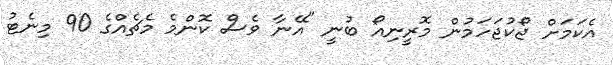
އެކަމަށް ޖޯކުޖަހަމުން މޮރީނިއޯ ބުނީ "އޭނާ ވެސް ކޮންމެ މެޗެއްގެ 90 މިނެޓު